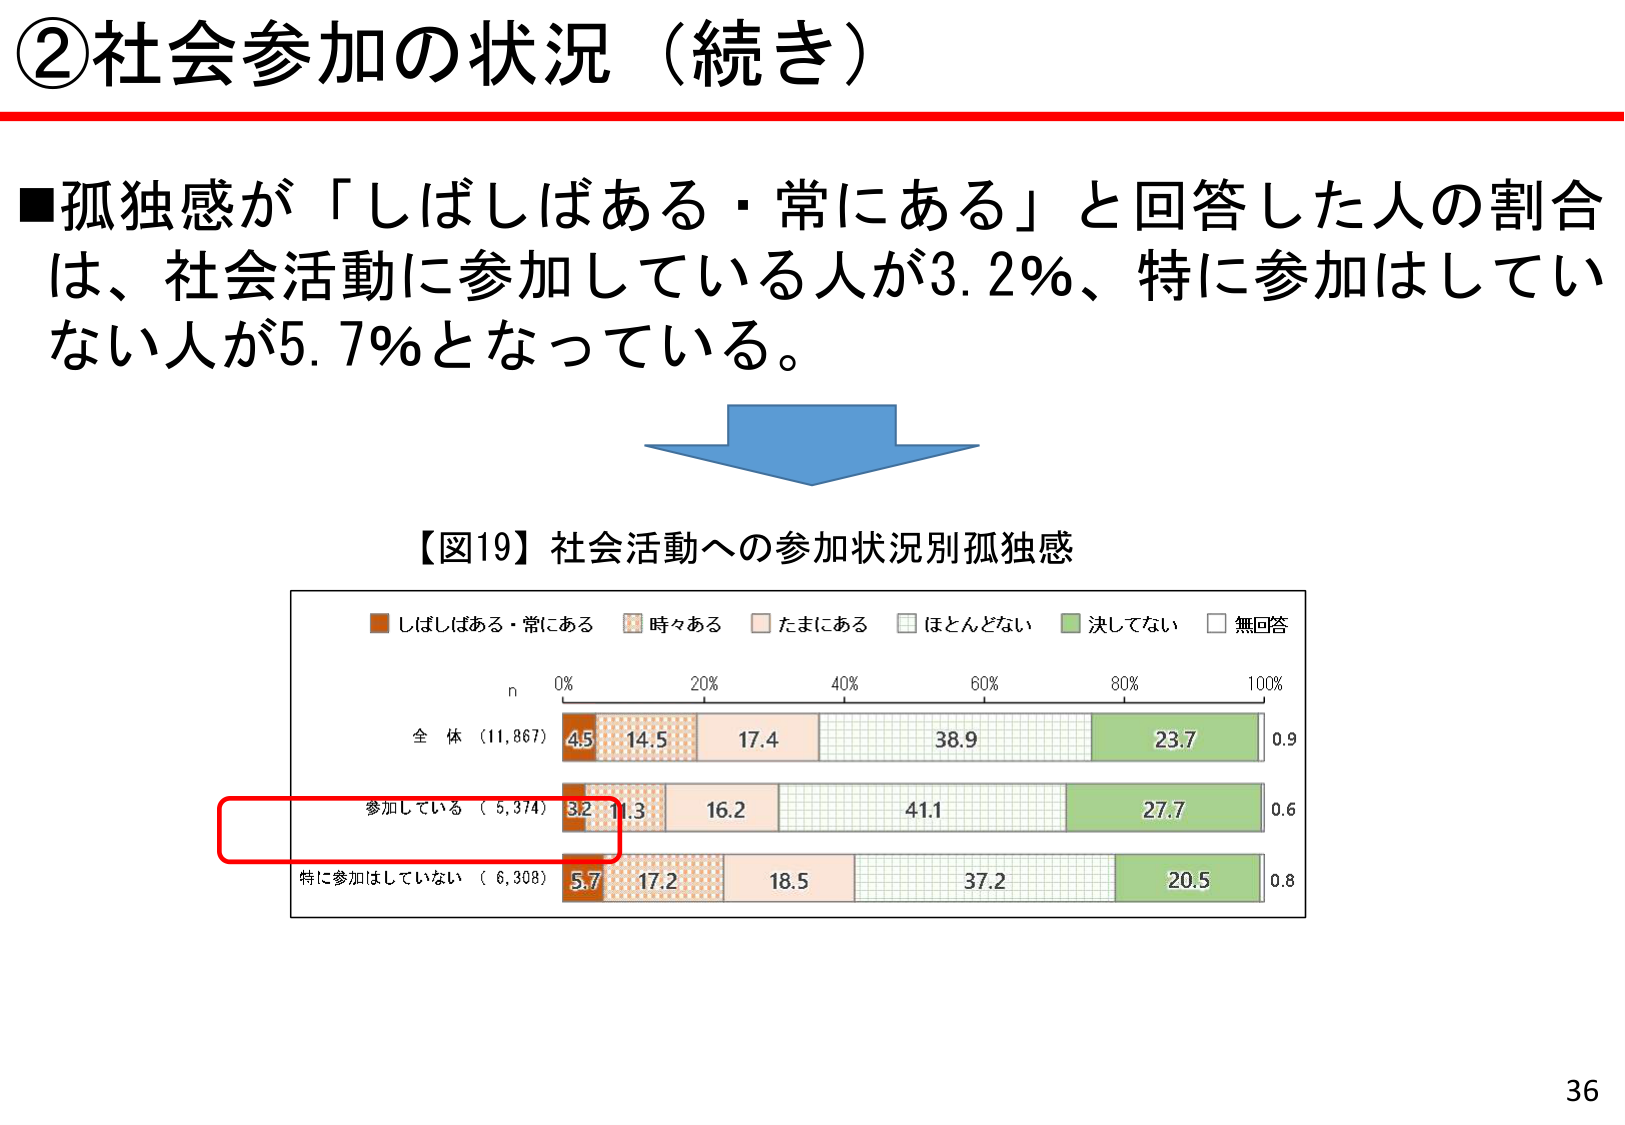
②社会参加の状況（続き）

■孤独感が「しばしばある・常にある」と回答した人の割合は、社会活動に参加している人が3.2％、特に参加はしていない人が5.7％となっている。

【図19】社会活動への参加状況別孤独感

■しばしばある・常にある　■時々ある　■たまにある　■ほとんどない　■決してない　■無回答

n
0%　　20%　　40%　　60%　　80%　　100%

全体（11,867）　4.5　14.5　17.4　38.9　23.7　0.9

参加している（5,374）　3.2　11.3　16.2　41.1　27.7　0.6

特に参加はしていない（6,308）　5.7　17.2　18.5　37.2　20.5　0.8

36